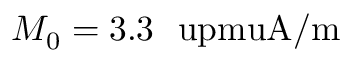
M _ { 0 } = 3 . 3 ~ \mathrm { \ u p m u A / m }